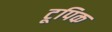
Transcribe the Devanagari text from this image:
टूपिक